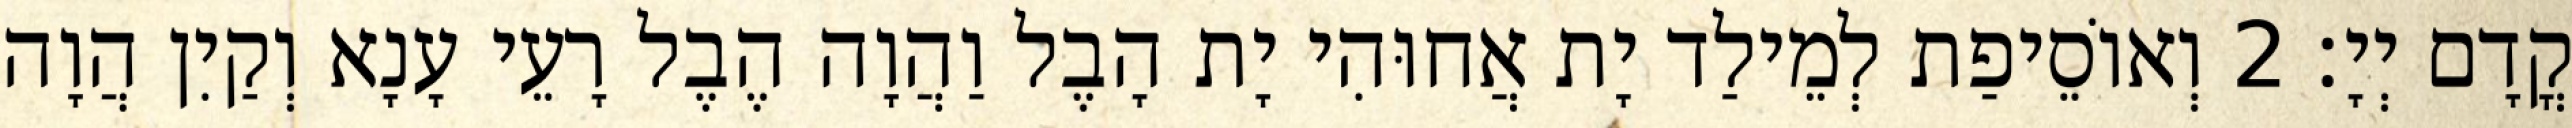
קֳדָם יְיָ׃ 2 וְאוֹסֵיפַת לְמֵילַד יָת אֲחוּהִי יָת הָבֶל וַהֲוָה הֶבֶל רָעֵי עָנָא וְקַיִן הֲוָה